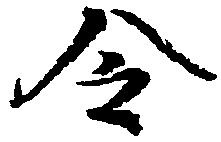
令